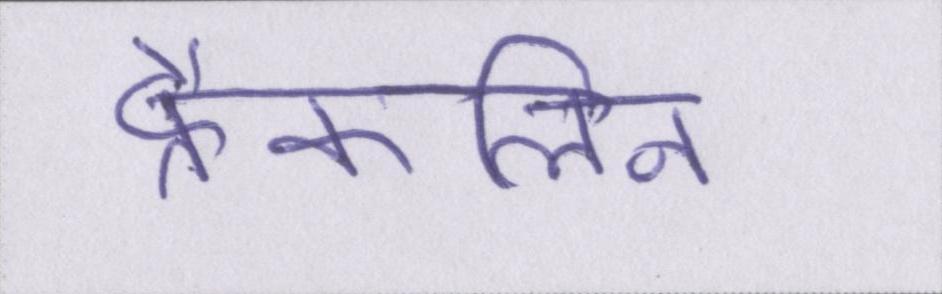
फ्रैंकलिन